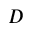
D